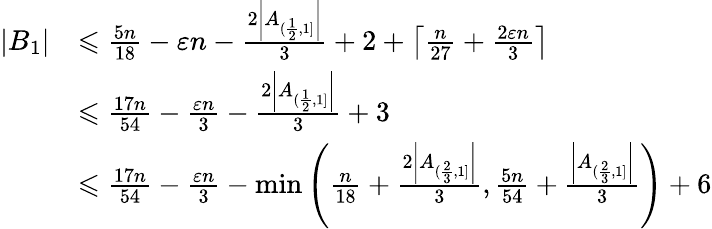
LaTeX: \begin{array}{rl}{|B_{1}|}&{\leqslant\frac{5n}{18}-\varepsilon n-\frac{2\left|A_{(\frac{1}{2},1]}\right|}{3}+2+\left\lceil\frac{n}{27}+\frac{2\varepsilon n}{3}\right\rceil}\\ &{\leqslant\frac{17n}{54}-\frac{\varepsilon n}{3}-\frac{2\left|A_{(\frac{1}{2},1]}\right|}{3}+3}\\ &{\leqslant\frac{17n}{54}-\frac{\varepsilon n}{3}-\operatorname*{min}\left(\frac{n}{18}+\frac{2\left|A_{(\frac{2}{3},1]}\right|}{3},\frac{5n}{54}+\frac{\left|A_{(\frac{2}{3},1]}\right|}{3}\right)+6}\end{array}